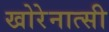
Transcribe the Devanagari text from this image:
खोरेनात्सी